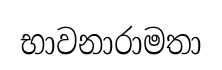
භාවනාරාමතා